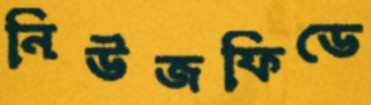
নিউজফিডে